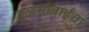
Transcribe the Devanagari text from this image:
तुळसाबाईंचा